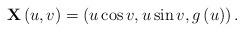
LaTeX: \begin{align*}\mathbf{X}\left( u,v\right) =\left( u\cos v,u\sin v,g\left( u\right) \right). \end{align*}